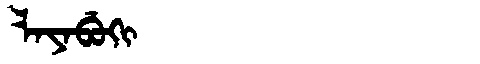
Manchu: ᠯᠠᠶᠠᠪᡠᡴᡳ
Romanization: LAYABUKI